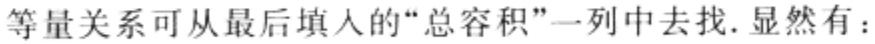
等量关系可从最后填入的“总容积”一列中去找. 显然有：